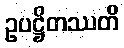
ဥပဋ္ဌိတဿတိ